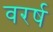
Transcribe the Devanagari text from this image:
वरर्ष